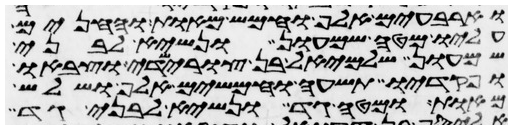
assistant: וארבעים אלף וחמש מאות והחנים
עליו מטה שמעון ונשיא לבני
שמעון שלמיאל בן צורישדי וצבאו
ופקדיו תשעה וחמשים אלף ושלש
מאות ומטה גד ונשיא לבני גד